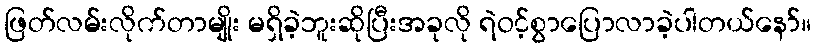
ဖြတ်လမ်းလိုက်တာမျိုး မရှိခဲ့ဘူးဆိုပြီးအခုလို ရဲဝင့်စွာပြောလာခဲ့ပါတယ်နော်။